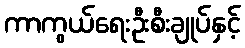
ကာကွယ်ရေးဦးစီးချုပ်နှင့်